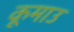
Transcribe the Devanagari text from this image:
कूमाउ